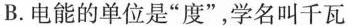
B.电能的单位是”度”，学名叫千瓦